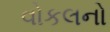
વોકલનો